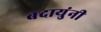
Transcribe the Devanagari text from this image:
बदायुंनी